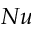
N u